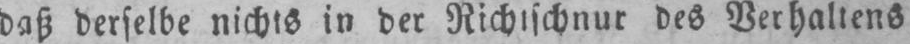
daß derselbe nichts in der Richtschnur des Verhaltens